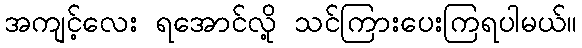
အကျင့်လေး ရအောင်လို့ သင်ကြားပေးကြရပါမယ်။